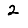
Digit: 2